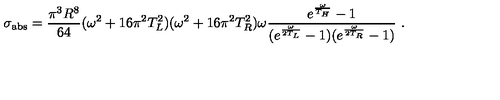
\sigma _ { \mathrm { a b s } } = { \frac { \pi ^ { 3 } R ^ { 8 } } { 6 4 } } ( \omega ^ { 2 } + 1 6 \pi ^ { 2 } T _ { L } ^ { 2 } ) ( \omega ^ { 2 } + 1 6 \pi ^ { 2 } T _ { R } ^ { 2 } ) \omega { \frac { e ^ { \frac { \omega } { T _ { H } } } - 1 } { ( e ^ { \frac { \omega } { 2 T _ { L } } } - 1 ) ( e ^ { \frac { \omega } { 2 T _ { R } } } - 1 ) } } \ .